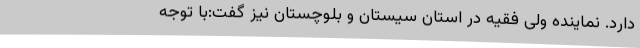
دارد. نماینده ولی فقیه در استان سیستان و بلوچستان نیز گفت:با توجه